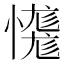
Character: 𢣝